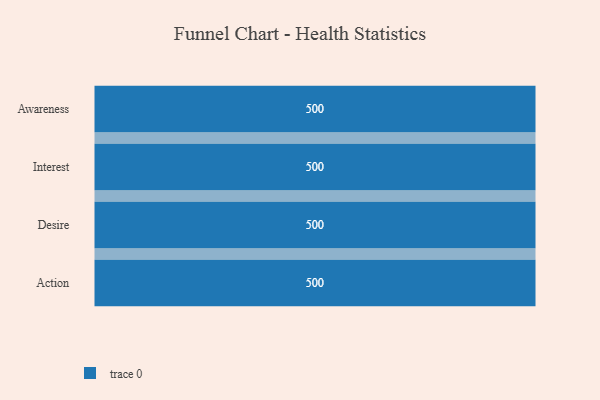
{"axis": {"x": "Stage", "y": "Value"}, "legend": [""], "data": [{"x": "Awareness", "y": 500, "type": ""}, {"x": "Interest", "y": 500, "type": ""}, {"x": "Desire", "y": 500, "type": ""}, {"x": "Action", "y": 500, "type": ""}]}